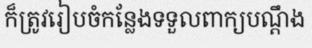
ក៏ត្រូវរៀបចំកន្លែងទទួលពាក្យបណ្តឹង